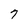
Character: 7